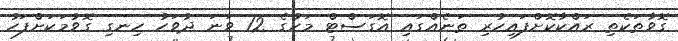
ގޮވާތަކެތި ރައްކާކޮށްފައިހުރި ތަނެއްގައި އޮގަސްޓް މަހުގެ 12 ވަނަ ދުވަހު ހިނގި ގޮވުމަކަށްފަހު